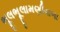
ભૂલભૂલામણીવાળા